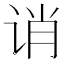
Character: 诮